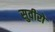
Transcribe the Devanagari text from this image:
सुवीरो